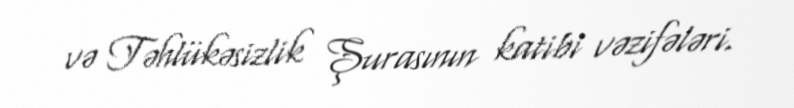
və Təhlükəsizlik Şurasının katibi vəzifələri.